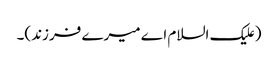
(علیک السلام اے میرے فرزند)۔